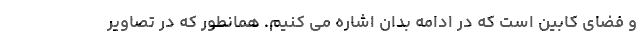
و فضای کابین است که در ادامه بدان اشاره می کنیم. همانطور که در تصاویر